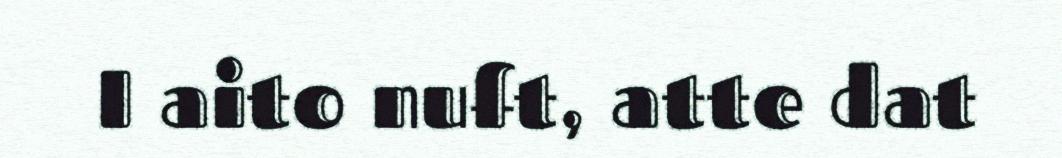
I aito nuft, atte dat